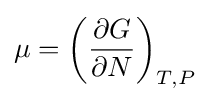
\mu =\left({\frac {\partial G}{\partial N}}\right)_{T,P}